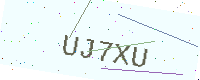
Text: UJ7XU